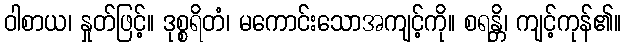
ဝါစာယ၊ နှုတ်ဖြင့်။ ဒုစ္စရိတံ၊ မကောင်းသောအကျင့်ကို။ စရန္တိ၊ ကျင့်ကုန်၏။